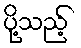
ပို့သည့်